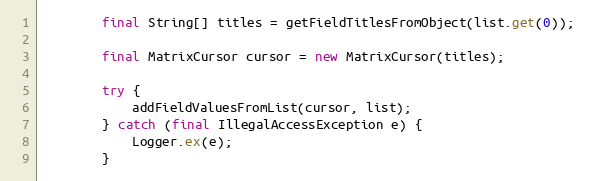
Language: Java
        final String[] titles = getFieldTitlesFromObject(list.get(0));

        final MatrixCursor cursor = new MatrixCursor(titles);

        try {
            addFieldValuesFromList(cursor, list);
        } catch (final IllegalAccessException e) {
            Logger.ex(e);
        }